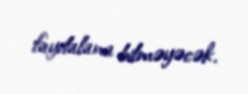
faydalana bilməyəcək.